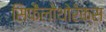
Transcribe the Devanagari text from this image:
सिफैलोथोरेक्स